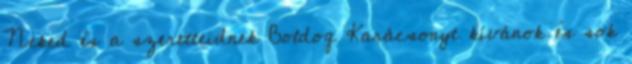
Neked és a szeretteidnek Boldog Karácsonyt kívánok és sok